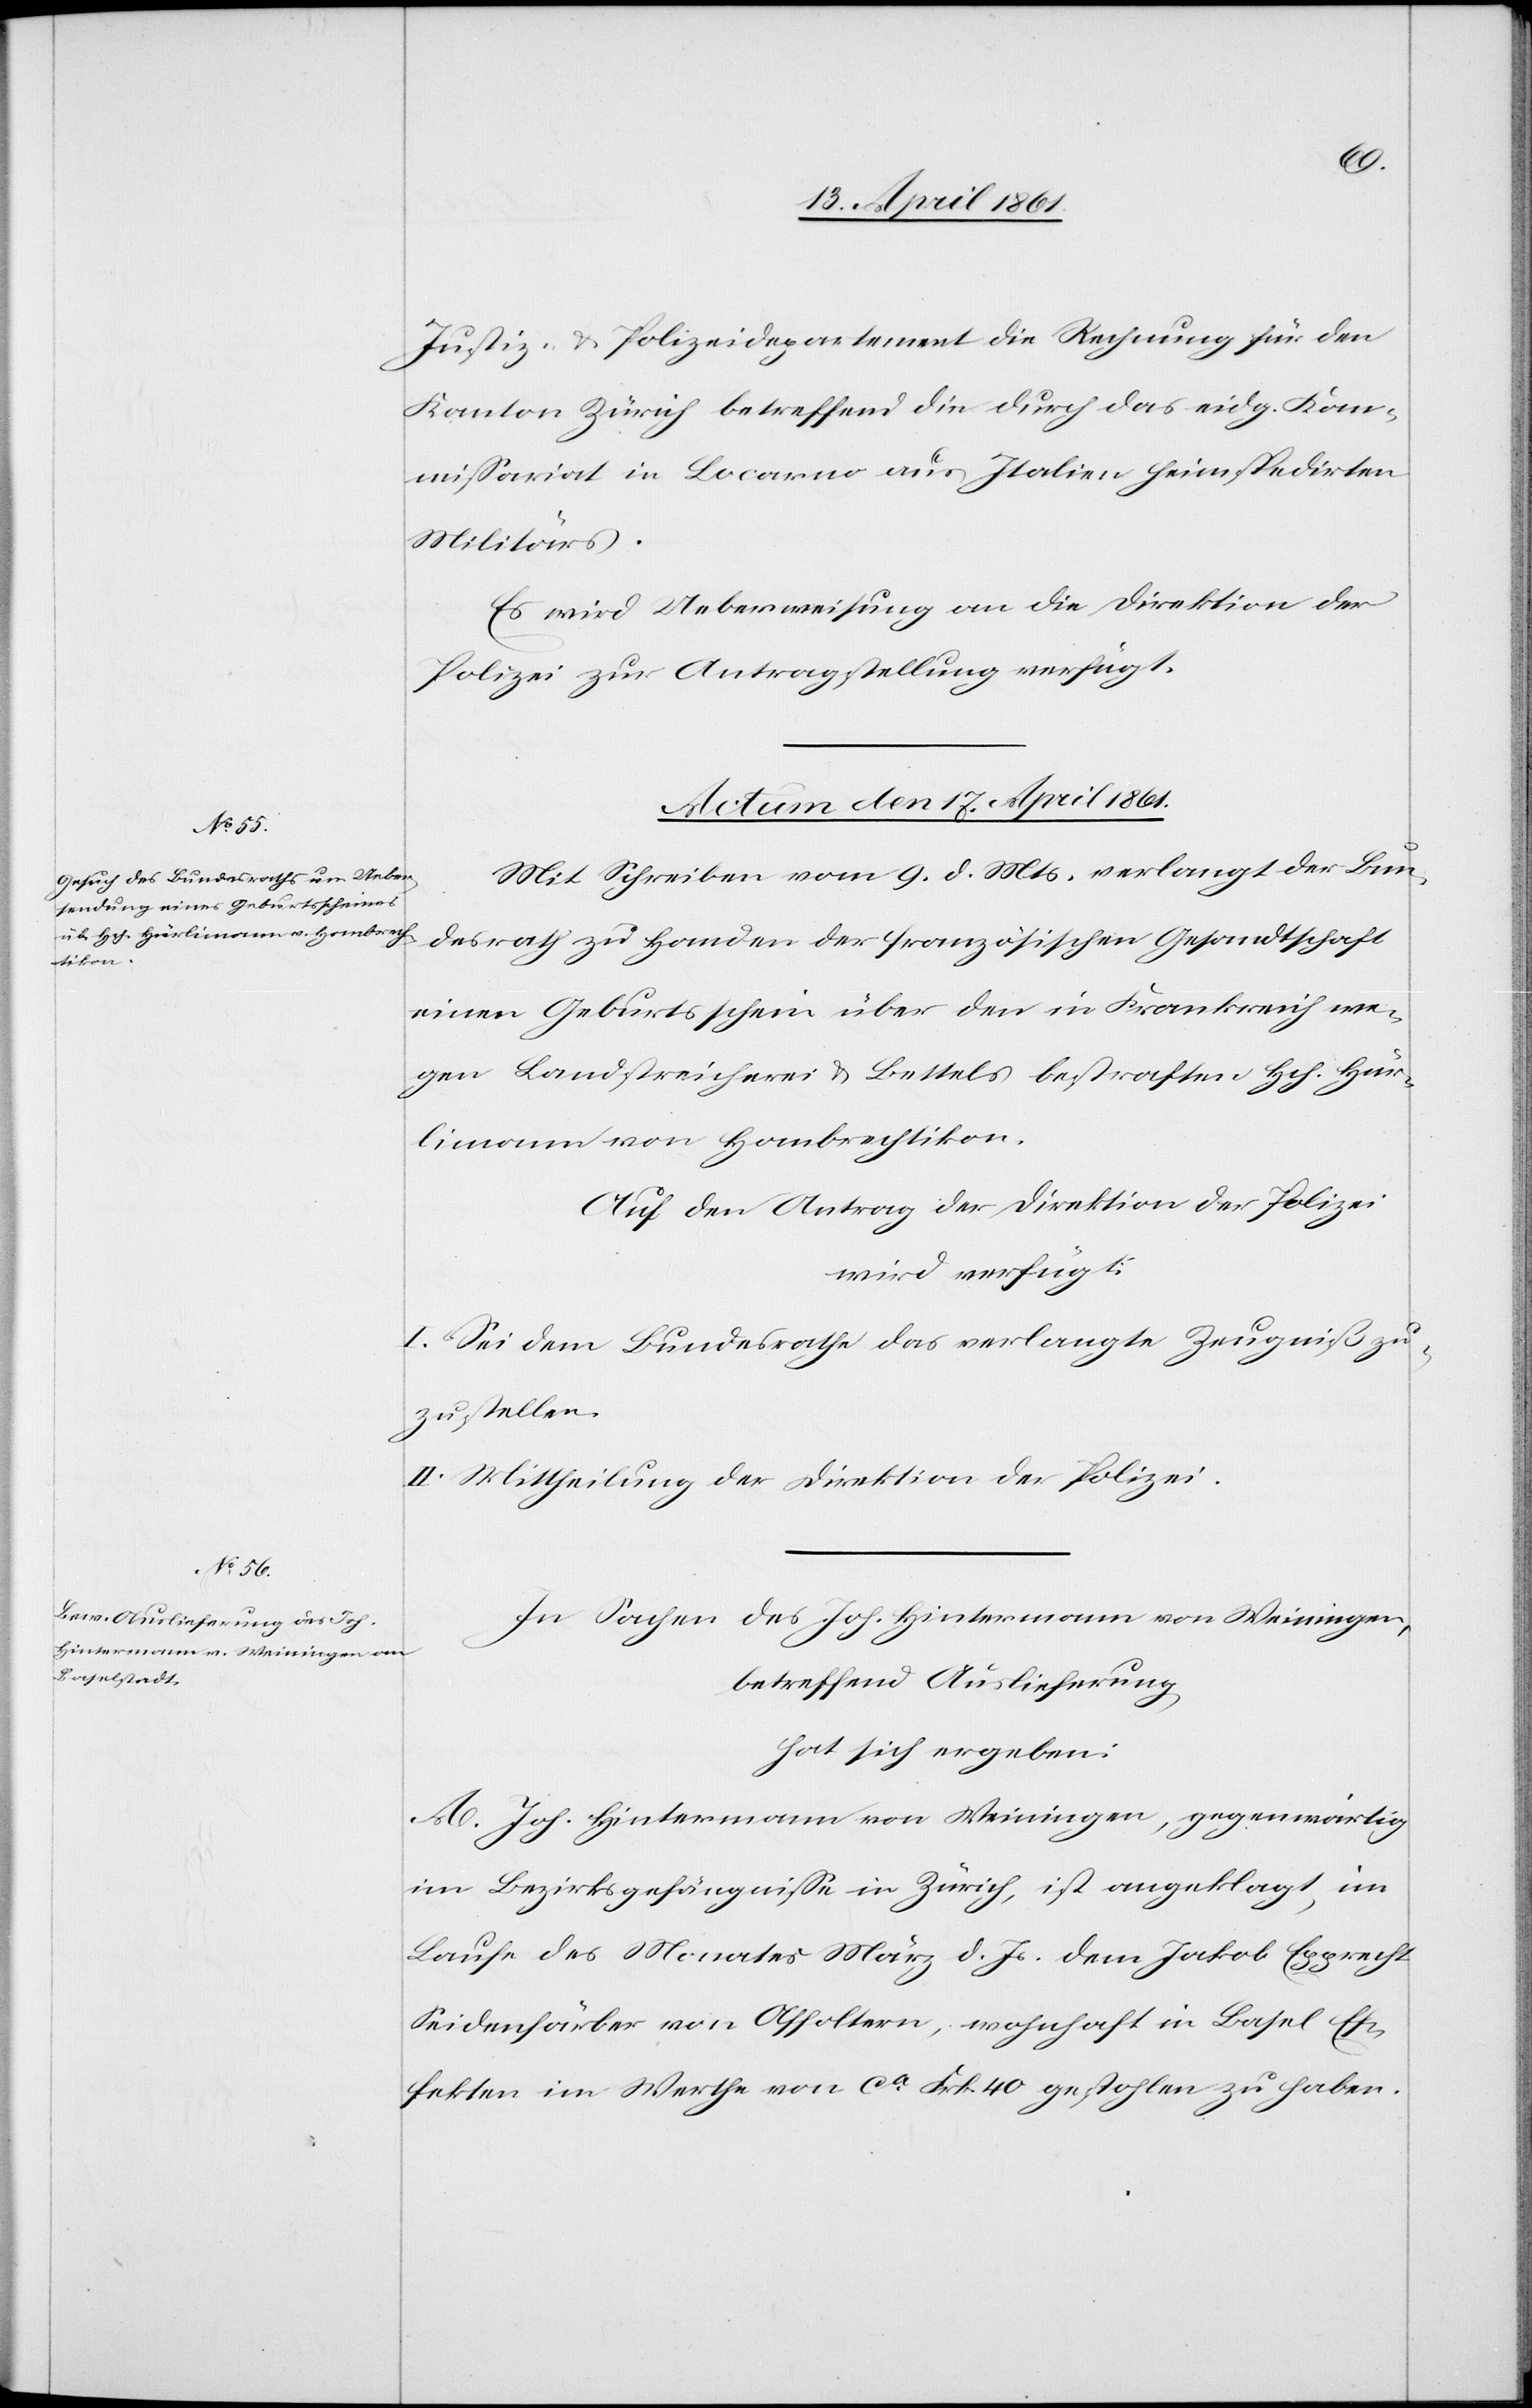
Justiz- u. Polizeidepartement die Rechnung für den
Kanton Zürich betreffend die durch das eidg. Kom¬
missariat in Locarno aus Italien heimspedirten
Militärs.
Es wird Ueberweisung an die Direktion der
Polizei zur Antragstellung verfügt.
Actum den 17. April 1861.]
Mit Schreiben vom 9. d. Mts. verlangt der Bun¬
desrath zu Handen der französischen Gesandtschaft
einen Geburtsschein über den in Frankreich we¬
gen Landstreicherei u. Bettels bestraften Hch. Hür¬
limann von Hombrechtikon.
Auf den Antrag der Direktion der Polizei
wird verfügt:
I. Sei dem Bundesrathe das verlangte Zeugniß zu¬
zustellen.
II. Mittheilung der Direktion der Polizei.
In Sachen des Joh. Hintermann von Weiningen,
betreffend Auslieferung
hat sich ergeben:
A. Joh. Hintermann von Weiningen, gegenwärtig
im Bezirksgefängnisse in Zürich, ist angeklagt, im
Laufe des Monates März d. Js. dem Jakob Epprecht
Seidenfärber von Affoltern, wohnhaft in Basel Ef¬
fekten im Werthe von ca Frk. 40 gestohlen zu haben.